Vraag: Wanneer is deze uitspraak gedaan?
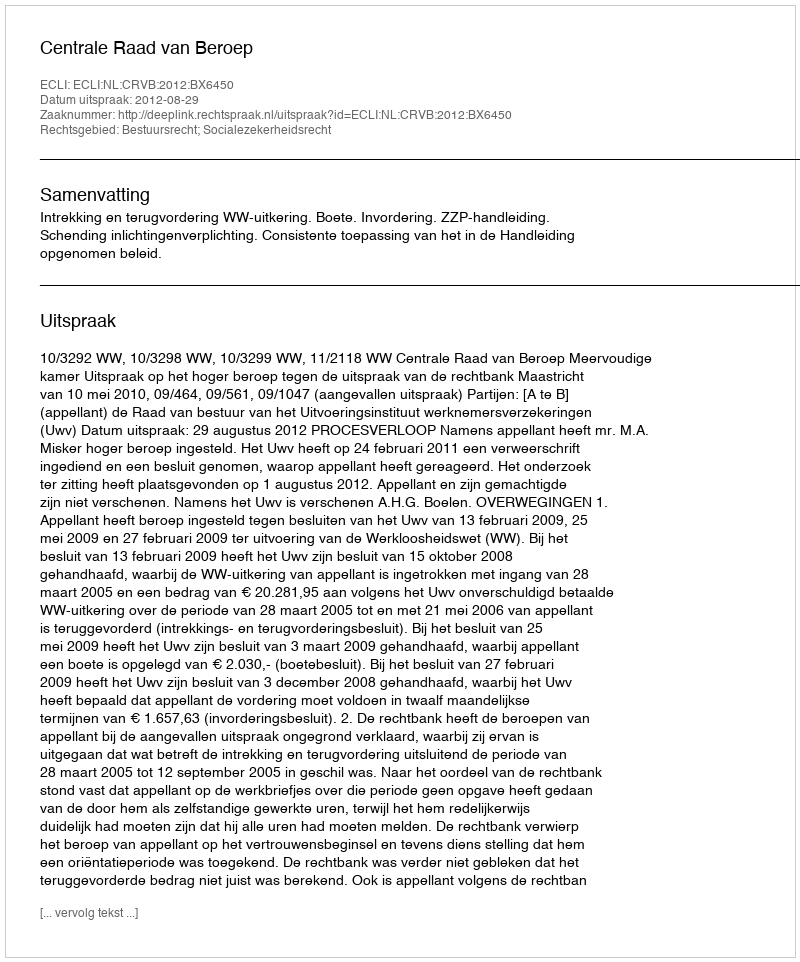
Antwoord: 2012-08-29